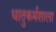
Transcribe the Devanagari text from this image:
धातुकर्मशाला